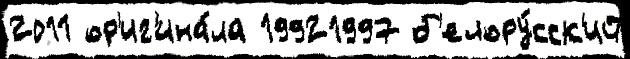
2011 ор'иг'ина́ла 19921997 б'елору́сск'ий